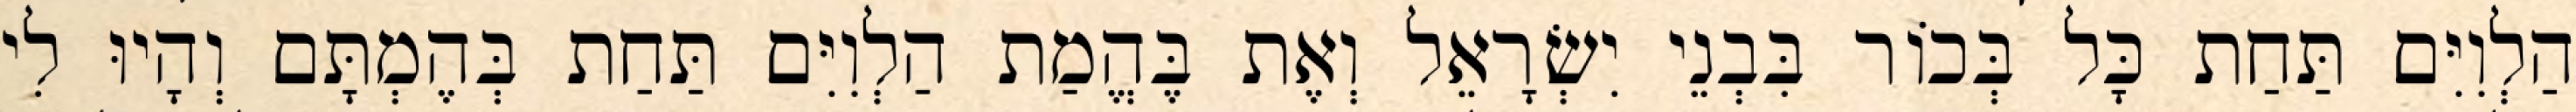
הַלְוִיִּם תַּחַת כָּל בְּכוֹר בִּבְנֵי יִשְׂרָאֵל וְאֶת בֶּהֱמַת הַלְוִיִּם תַּחַת בְּהֶמְתָּם וְהָיוּ לִי